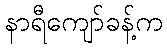
နာရီကျော်ခန့်က